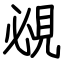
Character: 覕